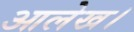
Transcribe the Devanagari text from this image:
आलेख।